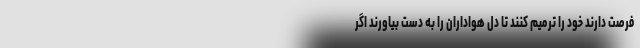
فرصت دارند خود را ترمیم کنند تا دل هواداران را به دست بیاورند اگر